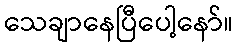
သေချာနေပြီပေါ့နော်။